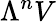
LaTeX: \Lambda^{n}V